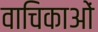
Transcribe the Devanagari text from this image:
वाचिकाओं